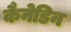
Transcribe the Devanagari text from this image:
कैनेडिन